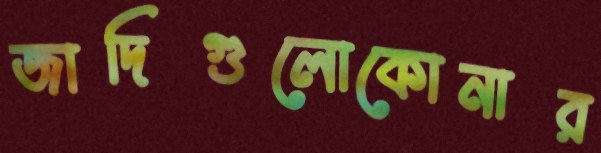
জাদিগুলোকোনার